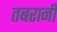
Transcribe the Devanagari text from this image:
तबरानी